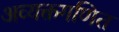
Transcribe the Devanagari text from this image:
अव्यक्तगणित